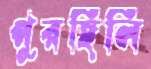
পুরছিলি